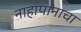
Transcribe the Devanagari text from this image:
नाहापानाचा